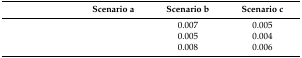
<table><thead><tr><td>[EMPTY_CELL]</td><td><b>Scenario a</b></td><td><b>Scenario b</b></td><td><b>Scenario c</b></td></tr></thead><tbody><tr><td>[EMPTY_CELL]</td><td>[EMPTY_CELL]</td><td>0.007</td><td>0.005</td></tr><tr><td>[EMPTY_CELL]</td><td>[EMPTY_CELL]</td><td>0.005</td><td>0.004</td></tr><tr><td>[EMPTY_CELL]</td><td>[EMPTY_CELL]</td><td>0.008</td><td>0.006</td></tr></tbody></table>